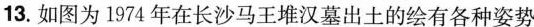
13.如图为1974年在长沙马王堆汉墓出土的绘有各种姿势